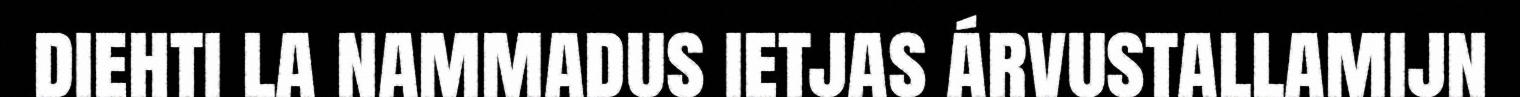
diehti la nammadus ietjas árvustallamijn